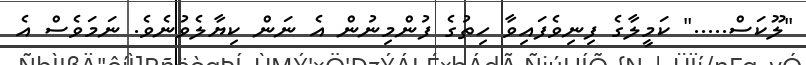
"ލޫކަސް....." ކަމީލާގެ ފިނިވެފައިވާ ހިތުގެ ފުންމިނުން އެ ނަން ކިޔާލެވުނެވެ. ނަމަވެސް އެ